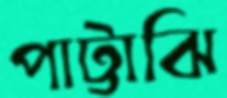
পাট্টাঝি